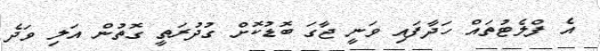
އެ ފްލެޓުތައް ހަދާފައި ވަނީ ޖާގަ ބޮޑުކޮށް ގުދުރަތީ ގޮތުން އަލި ވަދެ